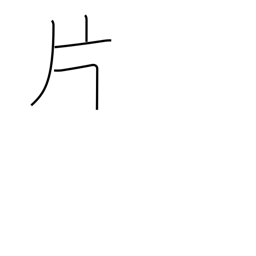
Meaning: leaf